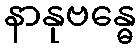
နာနုဗန္ဓေ